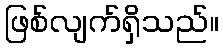
ဖြစ်လျက်ရှိသည်။